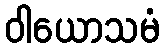
ဝါယောသမံ